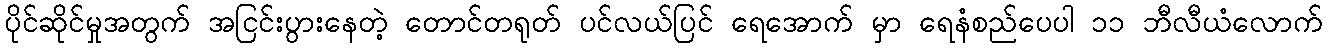
ပိုင်ဆိုင်မှုအတွက် အငြင်းပွားနေတဲ့ တောင်တရုတ် ပင်လယ်ပြင် ရေအောက် မှာ ရေနံစည်ပေပါ ၁၁ ဘီလီယံလောက်